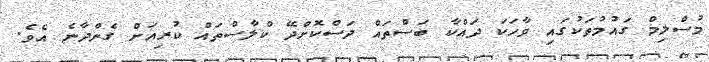
މުސްލިމް ގައުމުތަކުގައި ވާހަކަ ދައްކާ ބަސްތައް ދަސްކޮށްދޭ ކްލާސްތައް ކުރިއަށް ގެންދާނެ އެވެ.